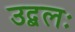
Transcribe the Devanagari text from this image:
उद्बलः